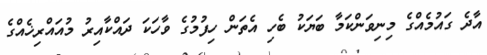
އާދެ ގައުމެއްގެ މިނިވަންކަމާ ބަޔަކު ބެހި އެތަން ހިފުމުގެ ވާހަކަ ދައްކާއިރު މުއައްރިޚެއްގެ